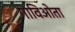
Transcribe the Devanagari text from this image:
गाविओता